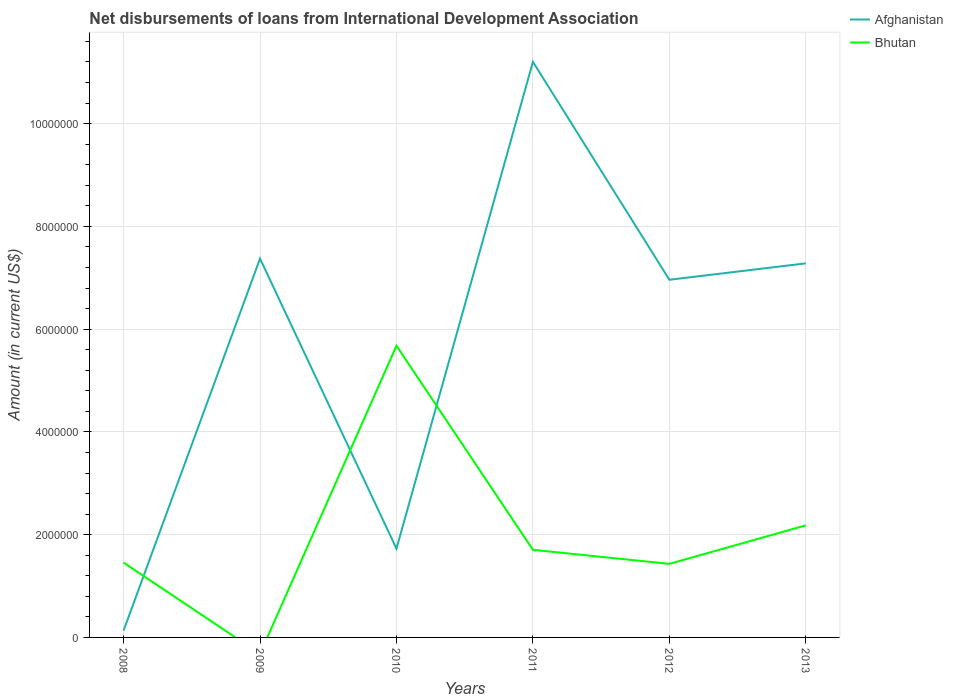
| Years | Afghanistan | Bhutan |
 | --- | --- | --- |
 | 2008 | 1.33e+05 | 1.46e+06 |
 | 2009 | 7.37e+06 | -3.19e+05 |
 | 2010 | 1.73e+06 | 5.68e+06 |
 | 2011 | 1.12e+07 | 1.70e+06 |
 | 2012 | 6.96e+06 | 1.43e+06 |
 | 2013 | 7.28e+06 | 2.18e+06 |